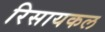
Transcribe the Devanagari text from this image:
रिसायकल